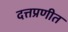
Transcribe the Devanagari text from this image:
दत्तप्रणीत